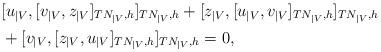
LaTeX: \begin{align*}&[ u_{\mid V},[ v_{\mid V},z_{\mid V}] _{TN_{\mid V},h}] _{TN_{\mid V},h}+[z_{\mid V},[ u_{\mid V},v_{\mid V}] _{TN_{\mid V},h}] _{TN_{\mid V},h} \\&+[ v_{\mid V},[ z_{\mid V},u_{\mid V}] _{TN_{\mid V},h}] _{TN_{\mid V},h}=0,\end{align*}